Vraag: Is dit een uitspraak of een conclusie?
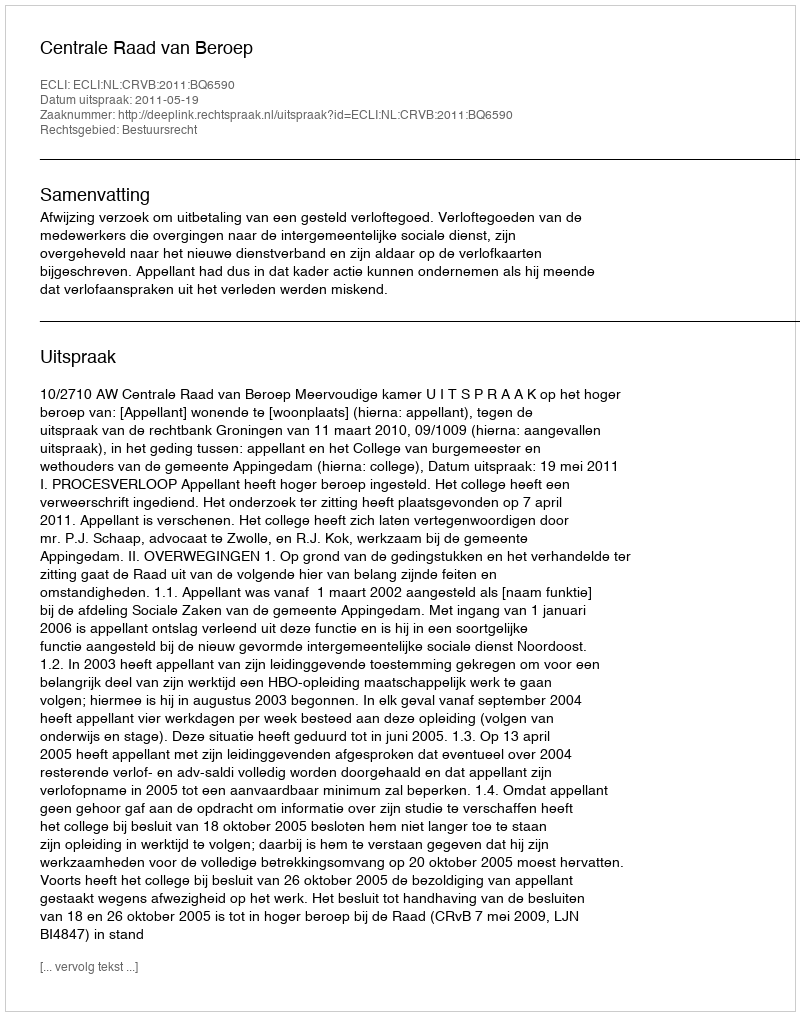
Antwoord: Uitspraak